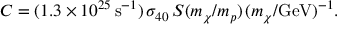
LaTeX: C = ( 1 . 3 \times 1 0 ^ { 2 5 } \, \mathrm { s } ^ { - 1 } ) \, \sigma _ { 4 0 } \, S ( m _ { \chi } / m _ { p } ) \, ( m _ { \chi } / \mathrm { G e V } ) ^ { - 1 } .